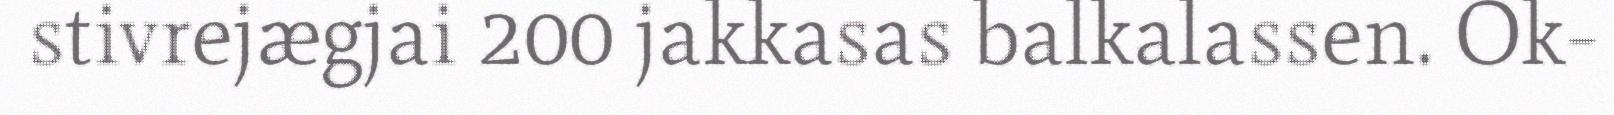
stivrejægjai 200 jakkasas balkalassen. Ok-